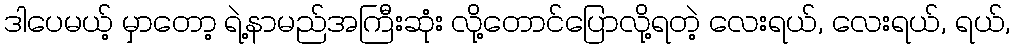
ဒါပေမယ့် မှာတော့ ရဲ့နာမည်အကြီးဆုံး လို့တောင်ပြောလို့ရတဲ့ လေးရယ်, လေးရယ်, ရယ်,